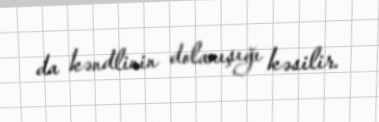
da kəndlinin dolanışığı kəsilir.